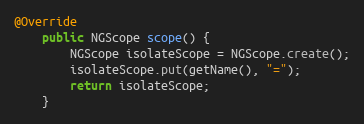
Language: Java
@Override
    public NGScope scope() {
        NGScope isolateScope = NGScope.create();
        isolateScope.put(getName(), "=");
        return isolateScope;
    }